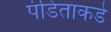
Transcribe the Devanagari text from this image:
पंडिताकडे